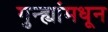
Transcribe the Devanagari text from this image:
गुन्ह्यांमधून